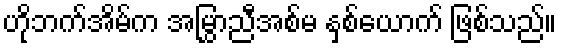
ဟိုဘက်အိမ်က အမြွှာညီအစ်မ နှစ်ယောက် ဖြစ်သည်။